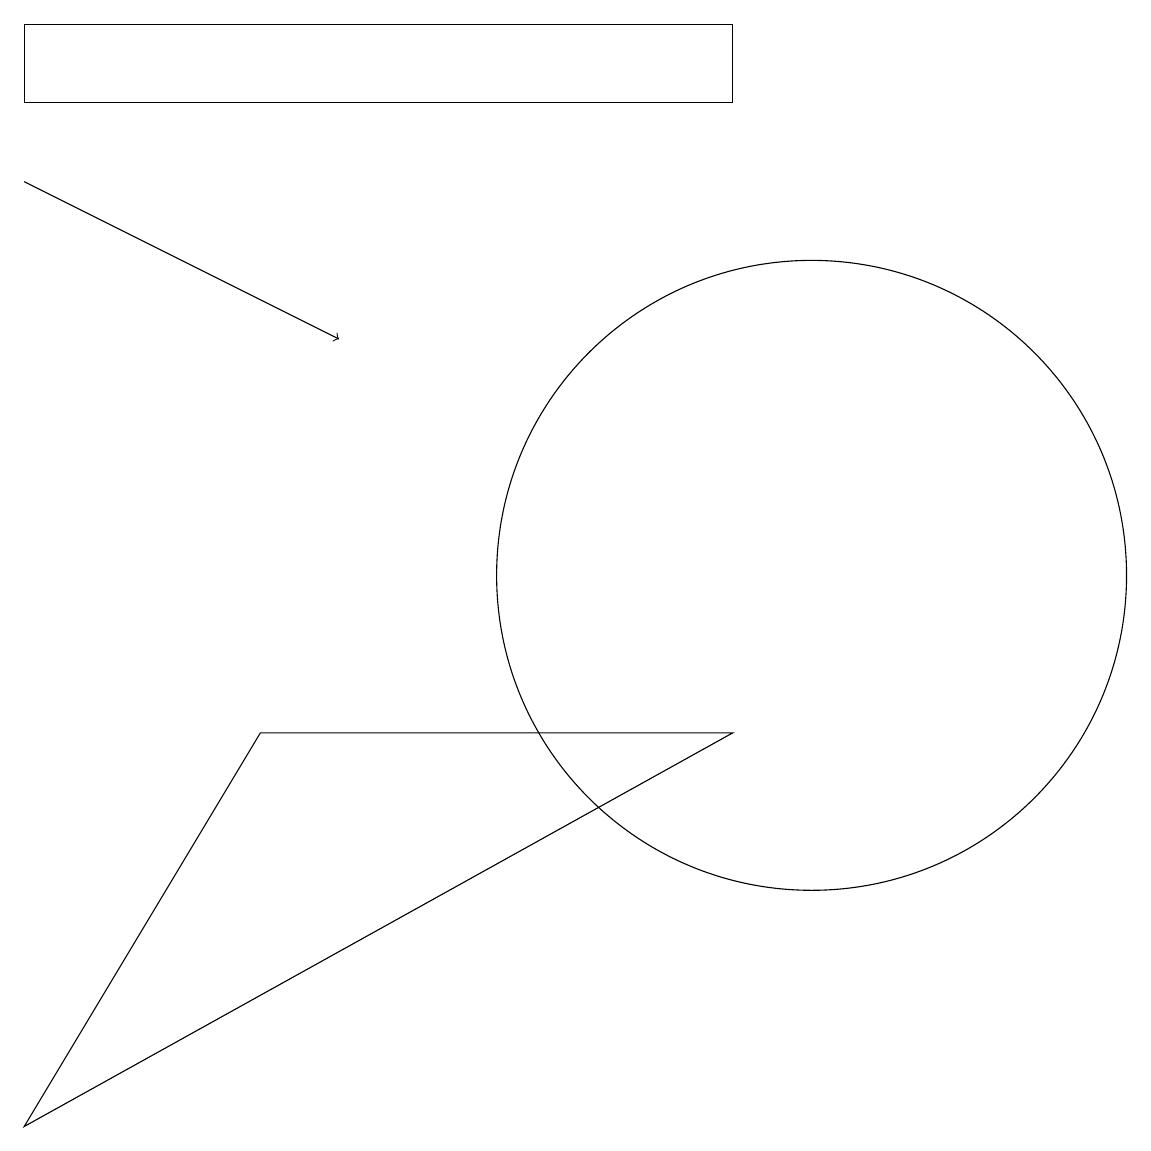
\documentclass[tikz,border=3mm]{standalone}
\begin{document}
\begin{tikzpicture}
\draw (10,10) circle (4);
\draw (0,3) -- (9,8) -- (3,8) -- cycle;
\draw (0,17) rectangle (9,16);
\draw[->] (0,15) -- (4,13);
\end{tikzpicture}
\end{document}